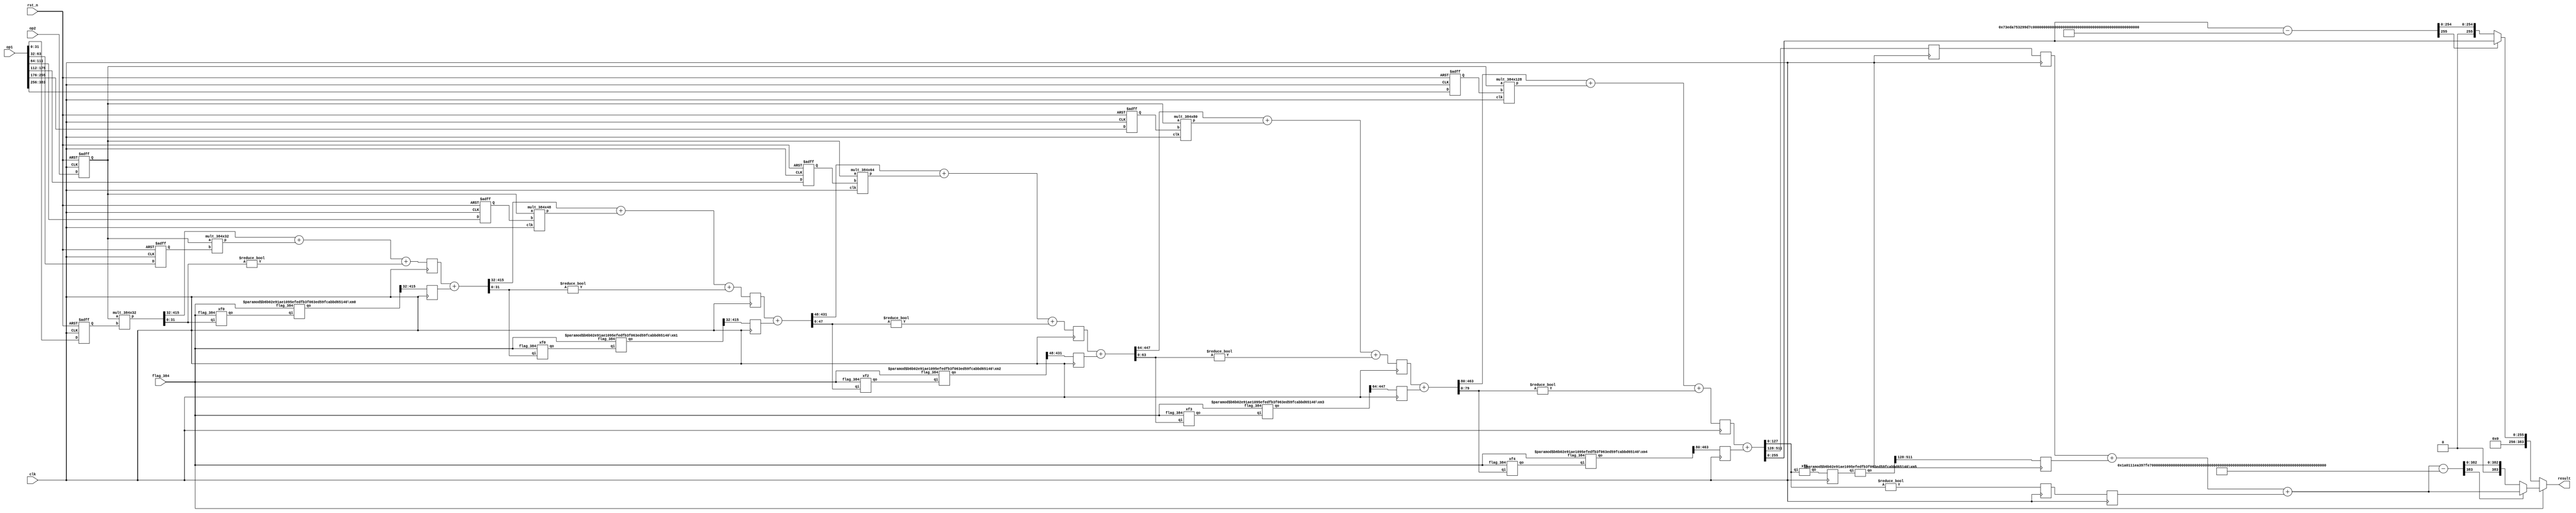
//384 or 256 mm, mult_128*384 optimized, xf xm seperated ver
//get rid of output reg(put the reg outside of mm,and bf module),
//8 cycles for 384; 6 cycles for 256
module mm_384x384(
    input          clk,
    input          rst_n,
    input          flag_384,
    input  [383:0] op1,
    input  [383:0] op2,
    output [383:0] result
    );

    localparam M_256 = 256'h73eda753299d7d483339d80809a1d80553bda402fffe5bfeffffffff00000001;
    localparam M_384 = 384'h1a0111ea397fe69a4b1ba7b6434bacd764774b84f38512bf6730d2a0f6b0f6241eabfffeb153ffffb9feffffffffaaab;

    reg [ 31:0] op1_reg_0, op1_reg_1;
    reg [ 47:0] op1_reg_2;
    reg [ 63:0] op1_reg_3;
    reg [ 79:0] op1_reg_4;
    reg [127:0] op1_reg_5;
    reg [383:0] op2_reg;

    wire [415:0] mult_result0, mult_result1;
    wire [431:0] mult_result2;
    wire [447:0] mult_result3;
    wire [463:0] mult_result4;
    wire [511:0] mult_result5;
    wire [415:0] result_xm0, result_xm1;
    wire [431:0] result_xm2;
    wire [447:0] result_xm3;
    wire [463:0] result_xm4;
    wire [511:0] result_xm5;

    wire c_in0;
    wire [ 31:0] xf0_result;
    wire [383:0] add0_in_a;
    wire [415:0] add0_in_b, add0_result, sub0_result;
    reg  [415:0] add0_result_reg, sub0_result_reg;

    wire c_in1;
    wire [ 31:0] xf1_result;
    wire [383:0] add1_in_a;
    wire [431:0] add1_in_b, add1_result, sub1_result;
    reg  [431:0] add1_result_reg, sub1_result_reg;

    wire c_in2;
    wire [ 47:0] xf2_result;
    wire [383:0] add2_in_a;
    wire [447:0] add2_in_b, add2_result, sub2_result;
    reg  [447:0] add2_result_reg, sub2_result_reg;

    wire c_in3;
    wire [ 63:0] xf3_result;
    wire [383:0] add3_in_a;
    wire [463:0] add3_in_b, add3_result, sub3_result;
    reg  [463:0] add3_result_reg, sub3_result_reg;

    wire c_in4;
    wire [ 79:0] xf4_result;
    wire [383:0] add4_in_a;
    wire [511:0] add4_in_b, add4_result, sub4_result;
    reg  [511:0] add4_result_reg, sub4_result_reg;

    reg  c_in5;
    wire [127:0] xf5_result;
    wire [383:0] sub5_in_a;
    reg  [383:0] sub5_in_b;
    wire [383:0] sub5_result;
    wire [383:0] sub5_result_M, sub5_result_reg;
    wire sel4,sel5;

    wire [31:0] xm_in0;

    always @(posedge clk or negedge rst_n) begin
        if (~rst_n) begin
            op1_reg_0 <= 32'b0; op1_reg_1 <= 32'b0;
            op1_reg_2 <= 48'b0;
            op1_reg_3 <= 64'b0;
            op1_reg_4 <= 80'b0;
            op1_reg_5 <= 127'b0;
            op2_reg   <= 383'b0;
        end
        else begin
            op1_reg_0 <= op1[0+:32]; op1_reg_1 <= op1[32+:32];
            op1_reg_2 <= op1[64+:48];
            op1_reg_3 <= op1[112+:64];
            op1_reg_4 <= op1[176+:80];
            op1_reg_5 <= op1[256+:128];
            op2_reg   <= op2;
        end
    end

    mult_384x32  mult_U0 (           .a(op2_reg), .b(op1_reg_0), .p(mult_result0));//no delay in mul ver
    mult_384x32  mult_U1 (           .a(op2_reg), .b(op1_reg_1), .p(mult_result1));//no delay in mul ver
    mult_384x48  mult_U2 (.clk(clk), .a(op2_reg), .b(op1_reg_2), .p(mult_result2));
    mult_384x64  mult_U3 (.clk(clk), .a(op2_reg), .b(op1_reg_3), .p(mult_result3));
    mult_384x80  mult_U4 (.clk(clk), .a(op2_reg), .b(op1_reg_4), .p(mult_result4));
    mult_384x128 mult_U5 (.clk(clk), .a(op2_reg), .b(op1_reg_5), .p(mult_result5));

    //////part0/////
    xf0 xf0_U0 (.flag_384(flag_384), .qi(mult_result0[0+:32]), .qo(xf0_result));
    xm0 #(.M_256(M_256), .M_384(M_384)) xm0_U0 (.flag_384(flag_384), .qi(xf0_result), .qo(result_xm0));
    //assign result_xm0 = (flag_384) ? xf0_result * M_384 : xf0_result * M_256;
    assign c_in0 = (mult_result0[0+:32] != 32'b0);
    assign add0_in_a = mult_result0[32+:384];
    assign add0_in_b = mult_result1;
    assign add0_result = add0_in_a + add0_in_b + c_in0;
    reg [383:0] result_xm0_reg;
    always @(posedge clk) begin add0_result_reg <= add0_result; end
    always @(posedge clk) begin result_xm0_reg <= result_xm0[32+:384]; end
    assign sub0_result = add0_result_reg + result_xm0_reg;

    always @(posedge clk) begin sub0_result_reg <= sub0_result; end

    //////part1/////
    xf0 xf0_U1 (.flag_384(flag_384), .qi(sub0_result[0+:32]), .qo(xf1_result));
    xm1 #(.M_256(M_256), .M_384(M_384)) xm1_U1 (.flag_384(flag_384), .qi(xf1_result), .qo(result_xm1));
    //assign result_xm1 = (flag_384) ? xf1_result * M_384 : xf1_result * M_256;
    assign c_in1 = (sub0_result[0+:32] != 32'b0);
    assign add1_in_a = sub0_result[32+:384];
    assign add1_in_b = mult_result2;
    assign add1_result = add1_in_a + add1_in_b + c_in1;
    reg [383:0] result_xm1_reg;
    always @(posedge clk) begin add1_result_reg <= add1_result; end
    always @(posedge clk) begin result_xm1_reg <= result_xm1[32+:384]; end
    assign sub1_result = add1_result_reg + result_xm1_reg;

    always @(posedge clk) begin sub1_result_reg <= sub1_result; end

    //////part2/////
    xf2 xf2_U0 (.flag_384(flag_384), .qi(sub1_result[0+:48]), .qo(xf2_result));
    wire [47:0] xm_in2 = xf2_result;
    xm2 #(.M_256(M_256), .M_384(M_384)) xm2_U2 (.flag_384(flag_384), .qi(xm_in2), .qo(result_xm2));
    //assign result_xm2 = (flag_384) ? xm_in2 * M_384 : xm_in2 * M_256;
    assign c_in2 = (sub1_result[0+:48] != 48'b0);
    assign add2_in_a = sub1_result[48+:384];
    assign add2_in_b = mult_result3;
    assign add2_result = add2_in_a + add2_in_b + c_in2;
    reg [383:0] result_xm2_reg;
    always @(posedge clk) begin add2_result_reg <= add2_result; end
    always @(posedge clk) begin result_xm2_reg <= result_xm2[48+:384]; end
    assign sub2_result = add2_result_reg + result_xm2_reg;

    always @(posedge clk) begin sub2_result_reg <= sub2_result; end

    //////part3/////
    xf3 xf3_U1 (.flag_384(flag_384), .qi(sub2_result[0+:64]), .qo(xf3_result));
    wire [63:0] xm_in3 = xf3_result;
    xm3 #(.M_256(M_256), .M_384(M_384)) xm3_U3 (.flag_384(flag_384), .qi(xm_in3), .qo(result_xm3));
    //assign result_xm3 = (flag_384) ? xm_in3 * M_384 : xm_in3 * M_256;
    //reg [255:0] result_xm3_r;
    //always@(posedge clk) begin result_xm3_r <= result_xm3[64+:384]; end
    assign c_in3 = (sub2_result[0+:64] != 64'b0);
    assign add3_in_a = sub2_result[64+:384];
    assign add3_in_b = mult_result4;
    assign add3_result = add3_in_a + add3_in_b + c_in3;
    reg [383:0] result_xm3_reg;
    always @(posedge clk) begin add3_result_reg <= add3_result; end
    always @(posedge clk) begin result_xm3_reg <= result_xm3[64+:384]; end
    assign sub3_result = add3_result_reg + result_xm3_reg;

    always @(posedge clk) begin sub3_result_reg <= sub3_result; end

    //////part4/////
    xf4 xf4_U1 (.flag_384(flag_384), .qi(sub3_result[0+:80]), .qo(xf4_result));
    wire [79:0] xm_in4 = xf4_result;
    xm4 #(.M_256(M_256), .M_384(M_384)) xm4_U3 (.flag_384(flag_384), .qi(xm_in4), .qo(result_xm4));
    //assign result_xm4 =  (flag_384) ? xm_in4 * M_384 : xm_in4 * M_256;
    //reg [255:0] result_xm4_r;
    //always@(posedge clk) begin result_xm4_r <= result_xm4[80+:384]; end
    assign c_in4 = (sub3_result[0+:80] != 80'b0);
    assign add4_in_a = sub3_result[80+:384];
    assign add4_in_b = mult_result5;
    assign add4_result = add4_in_a + add4_in_b + c_in4;
    reg [383:0] result_xm4_reg;
    always @(posedge clk) begin add4_result_reg <= add4_result; end
    always @(posedge clk) begin result_xm4_reg <= result_xm4[80+:384]; end
    assign sub4_result = add4_result_reg + result_xm4_reg;

    always @(posedge clk) begin sub4_result_reg <= sub4_result; end //

    wire [255:0] sub4_result_M;
    assign sub4_result_M = sub4_result - M_256;
    assign sel4 = sub4_result_M[255];
    //reg [255:0]  result_256;
    //always @(posedge clk) begin
    //    if (~sel4)
    //        result_256 <= sub4_result_M;
    //    else
    //        result_256 <= sub4_result;
    //end
    wire [255:0]  result_256;
    assign result_256 = (sel4) ? sub4_result : sub4_result_M;

    //////part5/////
    xf5 xf5_U1 (.qi(sub4_result[0+:128]), .qo(xf5_result));
    reg [127:0] xm_in5;
    always @(posedge clk) begin xm_in5 <= xf5_result; end
    xm5 #(.M_256(M_256), .M_384(M_384)) xm5_U3 (.qi(xm_in5), .qo(result_xm5));
    //assign result_xm5 = xm_in5 * M_384;
    reg [383:0] result_xm5_r;
    always@(posedge clk) begin result_xm5_r <= result_xm5[128+:384]; end
    reg c_in5_pip;
    reg [383:0] sub5_in_b_pip;
    always @(posedge clk) begin
        c_in5   <= (sub4_result[0+:128] != 128'b0);
        c_in5_pip   <= c_in5;
        sub5_in_b <= sub4_result[128+:384];
        sub5_in_b_pip <= sub5_in_b;
    end
    assign sub5_in_a = result_xm5_r;
    assign sub5_result = sub5_in_b_pip + sub5_in_a + c_in5_pip;
    assign sub5_result_M = sub5_result - M_384;

    assign sel5 = sub5_result_M[383];
    //reg [383:0] result_384;
    //always @(posedge clk) begin 
    //    if (~sel5)
    //        result_384 <= sub5_result_M;
    //    else
    //        result_384 <= sub5_result;
    //end
    wire [383:0] result_384;
    assign result_384 = (sel5) ? sub5_result : sub5_result_M;

    assign result = (flag_384) ? result_384 : {128'b0,result_256};

endmodule

module xf0(
  input flag_384,
  input [31:0] qi,
  output wire [31:0] qo
  );
  localparam F_256 = 32'h ffffffff;
  localparam F_384 = 32'h fffcfffd;
  assign qo = (flag_384) ? qi*F_384 : qi*F_256;

endmodule

module xm0#(parameter M_256 = 256'd 1,parameter M_384 = 384'd 1)(
        input  flag_384,
        input  [31:0] qi,
        output [415:0] qo
    );
        assign qo = (flag_384) ? qi * M_384 : qi * M_256;
endmodule

module xm1#(parameter M_256 = 256'd 1,parameter M_384 = 384'd 1)(
        input  flag_384,
        input  [31:0] qi,
        output [415:0] qo
    );
        assign qo = (flag_384) ? qi * M_384 : qi * M_256;
endmodule

module xf2(
  input flag_384,
  input [47:0] qi,
  output wire [47:0] qo
  );
  localparam F_256 = 48'h fffeffffffff;
  localparam F_384 = 48'h fffcfffcfffd;
  assign qo = (flag_384) ? qi*F_384: qi*F_256;

endmodule

module xm2#(parameter M_256 = 256'd 1,parameter M_384 = 384'd 1)(
        input  flag_384,
        input  [47:0] qi,
        output [431:0] qo
    );
        assign qo = (flag_384) ? qi * M_384 : qi * M_256;
endmodule

module xf3(
  input flag_384,
  input [63:0] qi,
  output wire [63:0] qo
  );
  localparam F_256 = 64'h fffffffeffffffff;
  localparam F_384 = 64'h 89f3fffcfffcfffd;
  assign qo = (flag_384) ? qi*F_384: qi*F_256;

endmodule

module xm3#(parameter M_256 = 256'd 1,parameter M_384 = 384'd 1)(
        input  flag_384,
        input  [63:0] qi,
        output [447:0] qo
    );
        assign qo = (flag_384) ? qi * M_384 : qi * M_256;
endmodule

module xf4(
  input flag_384,
  input [79:0] qi,
  output wire [79:0] qo
  );

  localparam F_256 = 80'h 5bfdfffffffeffffffff;
  localparam F_384 = 80'h 13e889f3fffcfffcfffd;
  assign qo = (flag_384) ? qi*F_384: qi*F_256;

endmodule

module xm4#(parameter M_256 = 256'd 1,parameter M_384 = 384'd 1)(
        input  flag_384,
        input  [79:0] qi,
        output [463:0] qo
    );
        assign qo = (flag_384) ? qi * M_384 : qi * M_256;
endmodule

module xf5(
  input [127:0] qi,
  output wire [127:0] qo
  );

  localparam F_384 = 128'h 286adb92d9d113e889f3fffcfffcfffd;
  assign qo = qi*F_384;

endmodule

module xm5#(parameter M_256 = 256'd 1,parameter M_384 = 384'd 1)(
        input  [127:0] qi,
        output [511:0] qo
    );
        assign qo = qi * M_384;
endmodule

module mult_384x32( //0-cycle delay
    input  [383:0] a,
    input  [31 :0] b,
    output [415:0] p
    );

    assign p = a*b;

endmodule

module mult_384x48( //1-cycle delay
    input          clk,
    input  [383:0] a,
    input  [47 :0] b,
    output reg [431:0] p
    );

    wire [431:0] p_w = a*b;
    always @(posedge clk) begin p <= p_w; end

endmodule

module mult_384x64( //2-cycles delay
    input          clk,
    input  [383:0] a,
    input  [63 :0] b,
    output reg [447:0] p
    );

    wire [447:0] p_w = a*b;
    reg [447:0] p_r;
    always @(posedge clk) begin p <= p_r; p_r <= p_w; end

endmodule

module mult_384x80( //3-cycles delay
    input          clk,
    input  [383:0] a,
    input  [79 :0] b,
    output reg [463:0] p
    );

    wire [463:0] p_w = a*b;
    reg [463:0] p_r0, p_r1;
    always @(posedge clk) begin p <= p_r1; p_r1 <= p_r0; p_r0 <= p_w; end

endmodule

//module mult_384x128( //4-cycles delay
//    input          clk,
//    input  [383:0] a,
//    input  [127:0] b,
//    output reg [511:0] p
//    );
//
//    wire [511:0] p_w = a*b;
//    reg [511:0] p_r0, p_r1, p_r2;
//    always @(posedge clk) begin p <= p_r2; p_r2 <= p_r1; p_r1 <= p_r0; p_r0 <= p_w;; end
//
//endmodule


module mult_384x128( //4-cycles delay
    input          clk,
    input  [383:0] a,
    input  [127:0] b,
    output reg [511:0] p
    );

    wire [127:0] a0 = a[127:0];
    wire [127:0] a1 = a[255:128];
    wire [127:0] a2 = a[383:256];

    wire [63:0] b0 = b[63:0];
    wire [63:0] b1 = b[127:64];

    wire [63:0] a00 = a0[63:0];
    wire [63:0] a01 = a0[127:64];

    wire [63:0] a10 = a1[63:0];
    wire [63:0] a11 = a1[127:64];

    wire [63:0] a20 = a2[63:0];
    wire [63:0] a21 = a2[127:64];

    wire [129:0] x00 = (a00 + a01) * (b0 + b1);
    wire [127:0] x01 = a01 * b1;
    wire [127:0] x02 = a00 * b0;
    reg [129:0] x00_r;
    reg [127:0] x01_r, x02_r;
    always @(posedge clk) begin x00_r <= x00; x01_r <= x01; x02_r <= x02; end

    wire [129:0] x10 = (a10 + a11) * (b0 + b1);
    wire [127:0] x11 = a11 * b1;
    wire [127:0] x12 = a10 * b0;
    reg [129:0] x10_r;
    reg [127:0] x11_r, x12_r;
    always @(posedge clk) begin x10_r <= x10; x11_r <= x11; x12_r <= x12; end

    wire [129:0] x20 = (a20 + a21) * (b0 + b1);
    wire [127:0] x21 = a21 * b1;
    wire [127:0] x22 = a20 * b0;
    reg [129:0] x20_r;
    reg [127:0] x21_r, x22_r;
    always @(posedge clk) begin x20_r <= x20; x21_r <= x21; x22_r <= x22; end


    wire [128:0] p0_t = x00_r - x01_r - x02_r;
    wire [255:0] p0 = x02_r + {p0_t, 64'b0} + {x01_r, 128'b0};
    wire [128:0] p1_t = x10_r - x11_r - x12_r;
    wire [255:0] p1 = x12_r + {p1_t, 64'b0} + {x11_r, 128'b0};
    wire [128:0] p2_t = x20_r - x21_r - x22_r;
    wire [255:0] p2 = x22_r + {p2_t, 64'b0} + {x21_r, 128'b0};

    reg [255:0] p0_r0, p1_r0, p2_r0, p2_r1;
    always @(posedge clk) begin p0_r0 <= p0; p1_r0 <= p1; p2_r0 <= p2; p2_r1 <= p2_r0; end

    wire [383:0] p3 = p0_r0 + {p1_r0, 128'b0};
    reg [383:0] p3_r0;
    always @(posedge clk) begin p3_r0 <= p3; end

    wire [511:0] p_w = p3_r0 + {p2_r1, 256'b0};
    always @(posedge clk) begin p <= p_w; end

endmodule